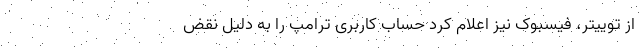
از توییتر، فیسبوک نیز اعلام کرد حساب کاربری ترامپ را به دلیل نقض